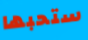
ستحبها